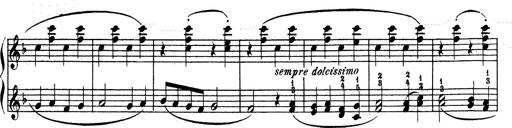
Title: Ave Maria d' Arcadelt
Composer: Franz Liszt